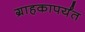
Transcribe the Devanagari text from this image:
ग्राहकापर्यंत